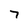
Character: 7